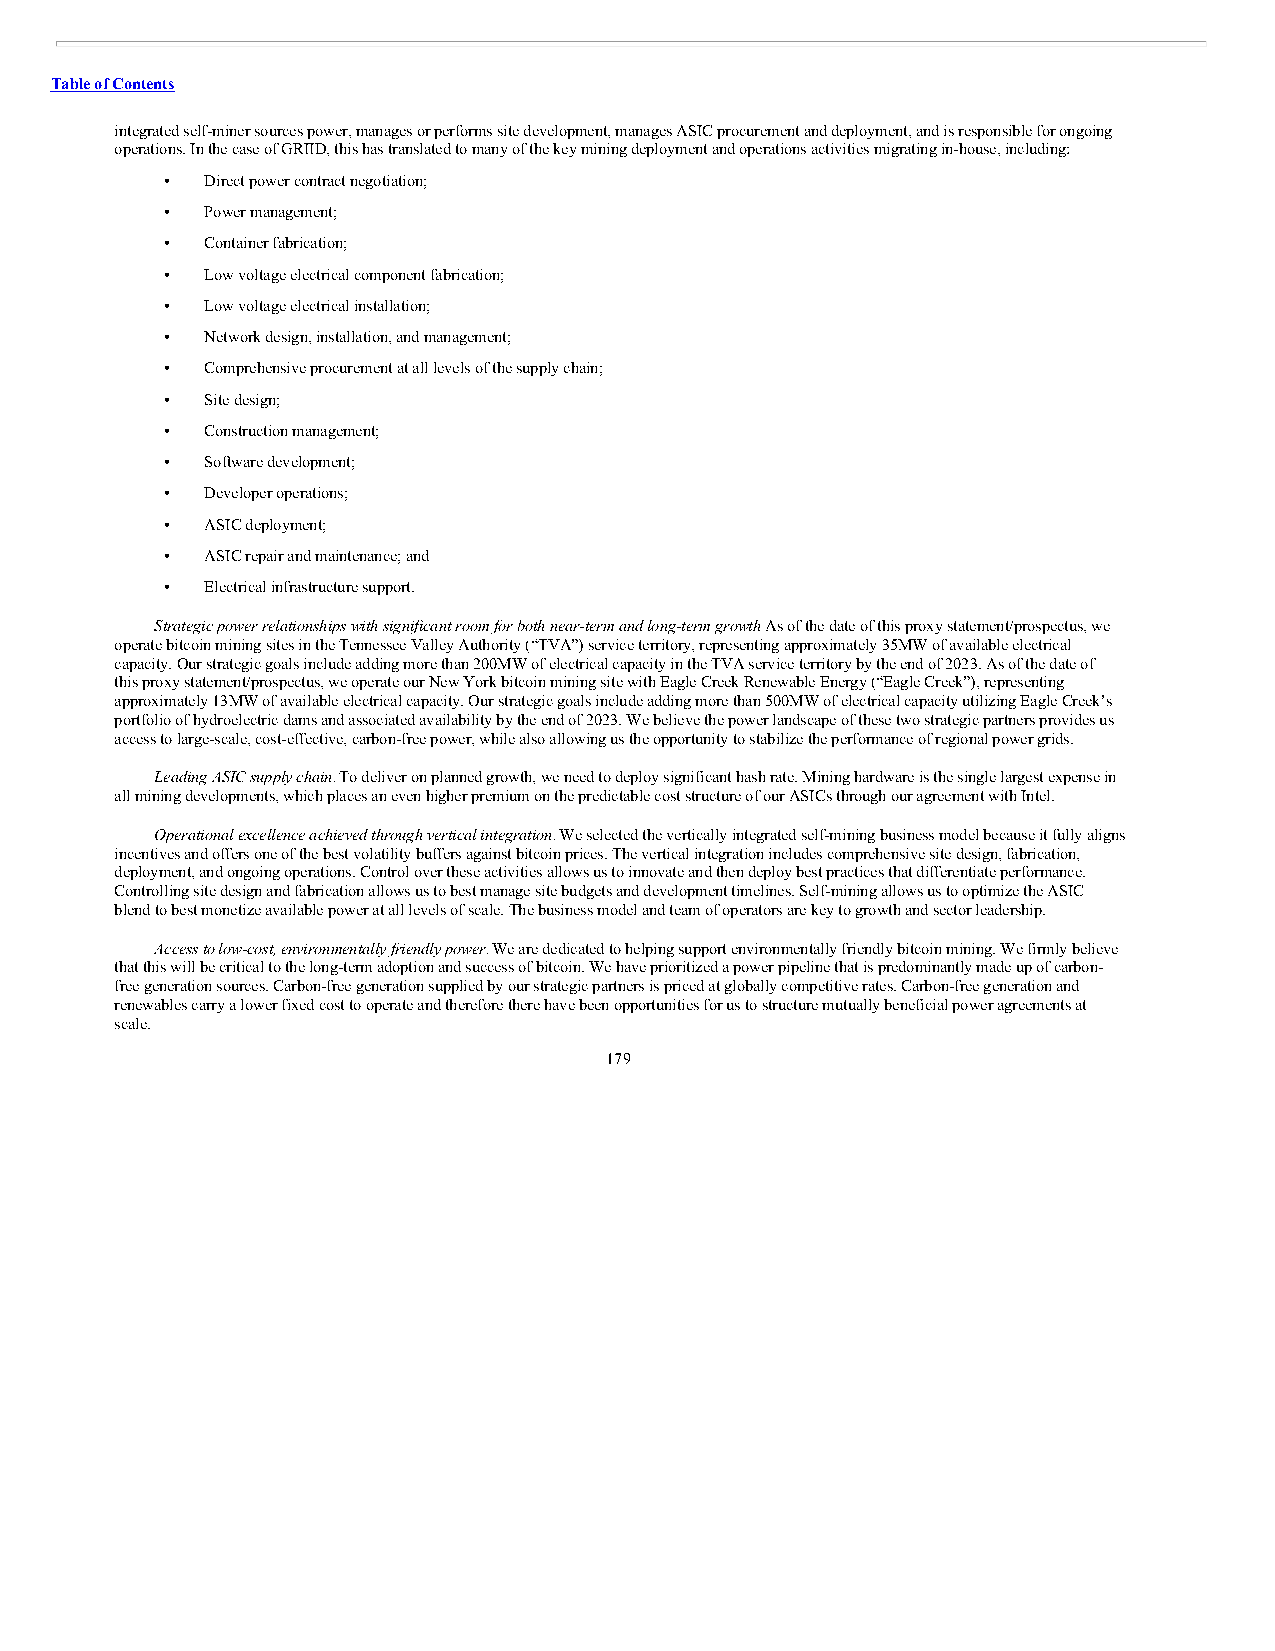
Table of Contents
 integrated self-miner sources power, manages or performs site development, manages ASIC procurement and deployment, and is responsible for ongoing
 operations. In the case of GRIID, this has translated to many of the key mining deployment and operations activities migrating in-house, including:
 •  Direct power contract negotiation;
 •  Power management;
 •  Container fabrication;
 •  Low voltage electrical component fabrication;
 •  Low voltage electrical installation;
 •  Network design, installation, and management;
 •  Comprehensive procurement at all levels of the supply chain;
 •  Site design;
 •  Construction management;
 •  Software development;
 •  Developer operations;
 •  ASIC deployment;
 •  ASIC repair and maintenance; and
 •  Electrical infrastructure support.
 Strategic power relationships with significant room for both near-term and long-term growth. As of the date of this proxy statement/prospectus, we
 operate bitcoin mining sites in the Tennessee Valley Authority (“TVA”) service territory, representing approximately 35MW of available electrical
 capacity. Our strategic goals include adding more than 200MW of electrical capacity in the TVA service territory by the end of 2023. As of the date of
 this proxy statement/prospectus, we operate our New York bitcoin mining site with Eagle Creek Renewable Energy (“Eagle Creek”), representing
 approximately 13MW of available electrical capacity. Our strategic goals include adding more than 500MW of electrical capacity utilizing Eagle Creek’s
 portfolio of hydroelectric dams and associated availability by the end of 2023. We believe the power landscape of these two strategic partners provides us
 access to large-scale, cost-effective, carbon-free power, while also allowing us the opportunity to stabilize the performance of regional power grids.
 Leading ASIC supply chain. To deliver on planned growth, we need to deploy significant hash rate. Mining hardware is the single largest expense in
 all mining developments, which places an even higher premium on the predictable cost structure of our ASICs through our agreement with Intel.
 Operational excellence achieved through vertical integration. We selected the vertically integrated self-mining business model because it fully aligns
 incentives and offers one of the best volatility buffers against bitcoin prices. The vertical integration includes comprehensive site design, fabrication,
 deployment, and ongoing operations. Control over these activities allows us to innovate and then deploy best practices that differentiate performance.
 Controlling site design and fabrication allows us to best manage site budgets and development timelines. Self-mining allows us to optimize the ASIC
 blend to best monetize available power at all levels of scale. The business model and team of operators are key to growth and sector leadership.
 Access to low-cost, environmentally friendly power. We are dedicated to helping support environmentally friendly bitcoin mining. We firmly believe
 that this will be critical to the long-term adoption and success of bitcoin. We have prioritized a power pipeline that is predominantly made up of carbon-
 free generation sources. Carbon-free generation supplied by our strategic partners is priced at globally competitive rates. Carbon-free generation and
 renewables carry a lower fixed cost to operate and therefore there have been opportunities for us to structure mutually beneficial power agreements at
 scale.
 179